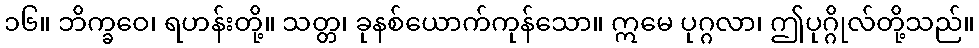
၁၆။ ဘိက္ခဝေ၊ ရဟန်းတို့။ သတ္တ၊ ခုနစ်ယောက်ကုန်သော။ ဣမေ ပုဂ္ဂလာ၊ ဤပုဂ္ဂိုလ်တို့သည်။